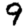
Digit: 9